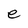
Character: e